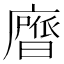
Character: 𭚃